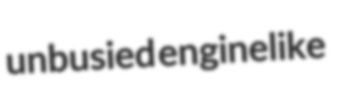
unbusied enginelike